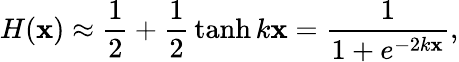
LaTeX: H(\mathbf{x})\approx{\frac{{1}}{{2}}}+{\frac{{1}}{{2}}}\operatorname{tanh}k\mathbf{x}={\frac{{1}}{{1+e^{-2k\mathbf{x}}}}},